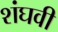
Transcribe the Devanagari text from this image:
शंघवी